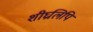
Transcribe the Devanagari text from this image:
शीघ्रलिपि